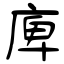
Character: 庳